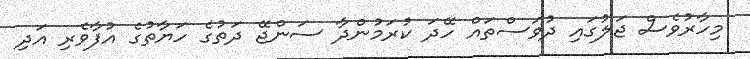
މިހާރުވެސް ޖަލުގައި ދުވަސްތައް ހޭދަ ކުރަމުންދާ ސަންޖޭ ދަތުގެ ހަޔާތުގެ އުފާވެރި އަދި